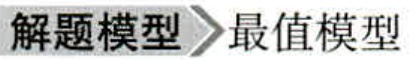
解题模型 \(\to\) 最值模型